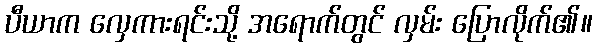
ပီယာက လှေကားရင်းသို့ အရောက်တွင် လှမ်း ပြောလိုက်၏။